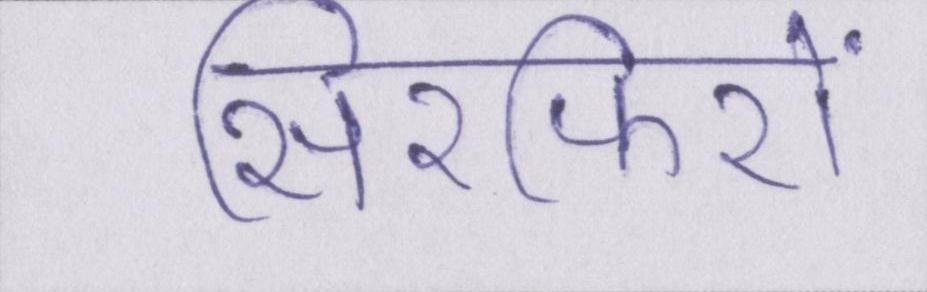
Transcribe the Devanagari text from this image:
सिरफिरों